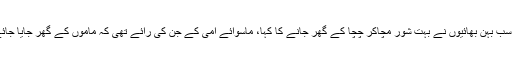
ہم سب بہن بھائیوں نے بہت شور مچاکر چچا کے گھر جانے کا کہا، ماسوائے امی کے جن کی رائے تھی کہ ماموں کے گھر جایا جائے۔